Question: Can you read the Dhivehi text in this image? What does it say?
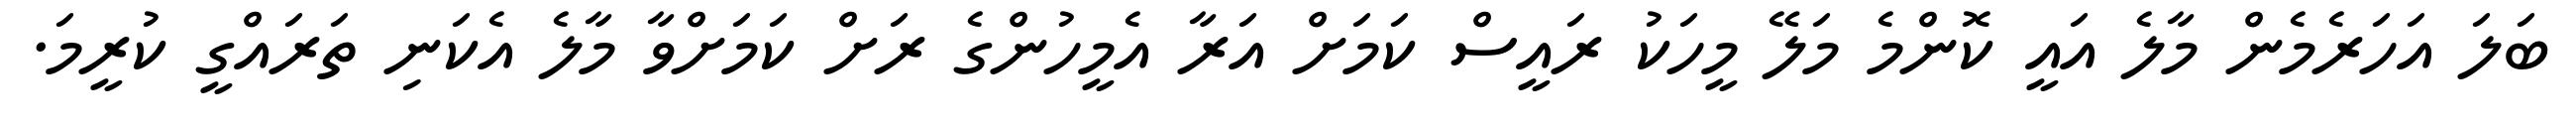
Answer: ބަލަ އަހަރެމެން މާލެ އައީ ކޮންމެ މަލޭ މީހަކު ރައީސް ކަމަށް އަރާ އެމީހުންގެ ރަށް ކަމަށްވާ މާލެ އެކަނި ތަރައްގީ ކުރީމަ.